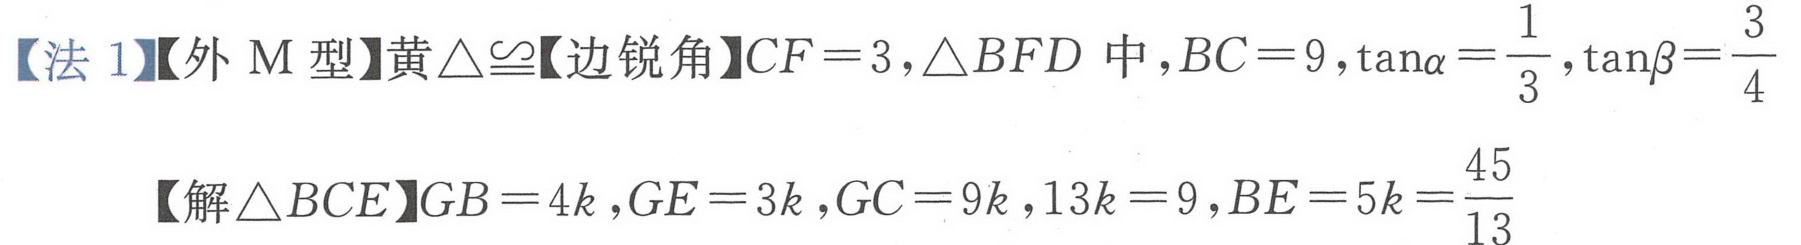
【法 1】【外 \(M\) 型】黄\(\triangle\cong\)【边锐角】\(CF = 3,\triangle BFD\) 中，\(BC = 9,\tan\alpha=\frac{1}{3},\tan\beta=\frac{3}{4}\)
【解\(\triangle BCE\)】\(GB = 4k,GE = 3k,GC = 9k,13k = 9,BE = 5k=\frac{45}{13}\)